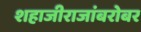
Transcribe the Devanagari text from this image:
शहाजीराजांबरोबर